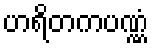
ဟရိတကပဏ္ဏံ